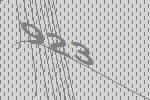
923